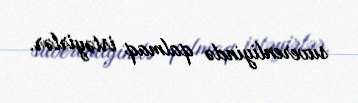
suverenliyində qalmaq istəyirlər.